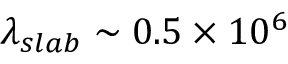
\lambda _ { s l a b } \sim 0 . 5 \times 1 0 ^ { 6 }